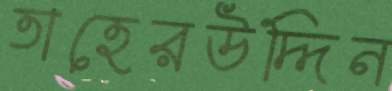
তাহেরউদ্দিন